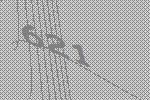
621